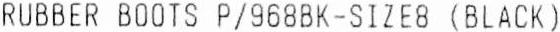
RUBBER BOOTS P/968BK-SIZE8 (BLACK)